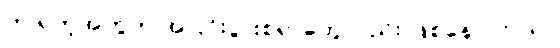
က ရတဲ့အတွက် အငြင်းပွားစရာတွေလည်း ဖြစ်နေပါတယ်။